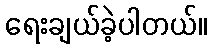
ရေးချယ်ခဲ့ပါတယ်။